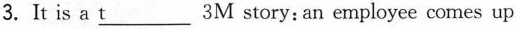
3.It is a \underline{t} 3M story: an employee comes up